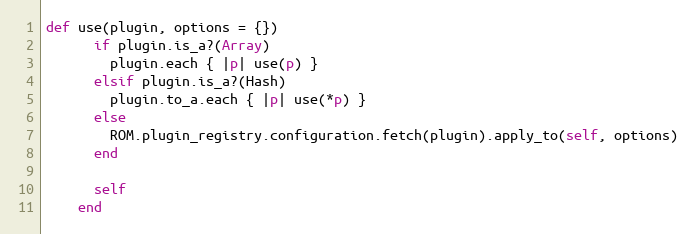
Language: Ruby
def use(plugin, options = {})
      if plugin.is_a?(Array)
        plugin.each { |p| use(p) }
      elsif plugin.is_a?(Hash)
        plugin.to_a.each { |p| use(*p) }
      else
        ROM.plugin_registry.configuration.fetch(plugin).apply_to(self, options)
      end

      self
    end